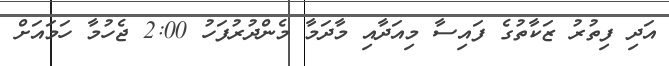
އަދި ފިތުުރު ޒަކާތުގެ ފައިސާ މިއަދާއި މާދަމާ މެންދުރުފަހު 2:00 ޖެހުމާ ހަމައަށް